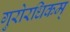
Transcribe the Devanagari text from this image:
गुरोरधिकम्